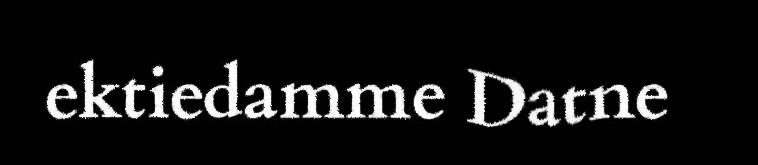
ektiedamme Datne